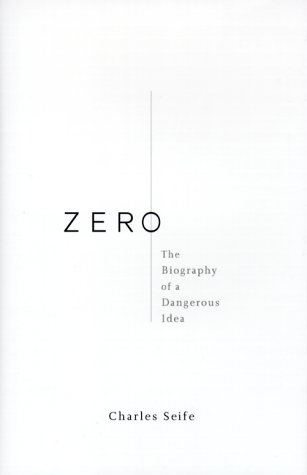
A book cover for Zero: The Biography of a Dangerous Idea; Charles Seife; Humor & Entertainment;